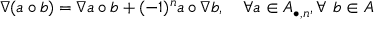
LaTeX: \nabla ( a \circ b ) = \nabla a \circ b + ( - 1 ) ^ { n } a \circ \nabla b , \quad \forall a \in { \cal A } _ { \bullet , n } , \forall ~ b \in { \cal A }